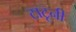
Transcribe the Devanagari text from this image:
टाटूनी